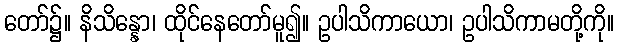
တော်၌။ နိသိန္နော၊ ထိုင်နေတော်မူ၍။ ဥပါသိကာယော၊ ဥပါသိကာမတို့ကို။